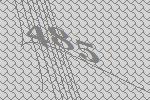
485